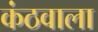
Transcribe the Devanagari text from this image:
कंठवाला